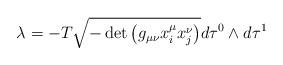
LaTeX: \begin{gather*}\lambda = -T \sqrt{-\det \big(g_{\mu\nu} x^\mu_i x^\nu_j \big) } d\tau^0\wedge d\tau^1\end{gather*}